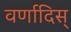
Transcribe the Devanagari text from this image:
वर्णादिस्‌